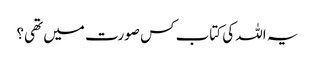
یہ اللہ کی کتاب کس صورت میں تھی؟